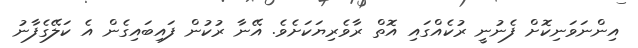
އިންނަވަނިކޮށް ފެނުނީ ރުކެއްގައި އޮތް ރާވެރިޔަކަށެވެ. އޭނާ ރުކުން ފައިބައިގެން އެ ކަލޭގެފާނު